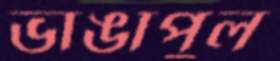
ভাঙাপুল